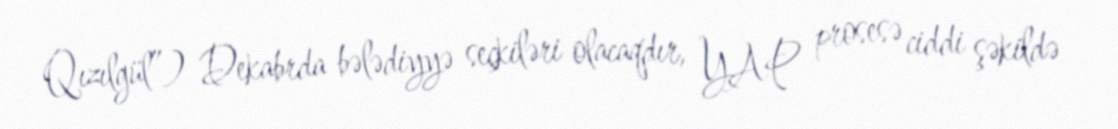
Qızılgül”) Dekabrda bələdiyyə seçkiləri olacaqdır, YAP prosesə ciddi şəkildə